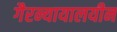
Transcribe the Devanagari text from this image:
गैरन्यायालयीन